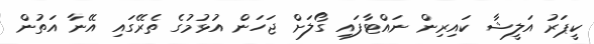
ކީޕަރު އަލީޝާ ކައިރިން ނައްޓާފައި ގޯލަށް ޖަހަން އުޅުމުގެ ތެރޭގައި އޭނާ އަތުން